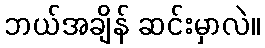
ဘယ်အချိန် ဆင်းမှာလဲ။